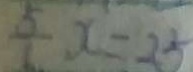
\frac { 5 } { 6 } x = 2 5